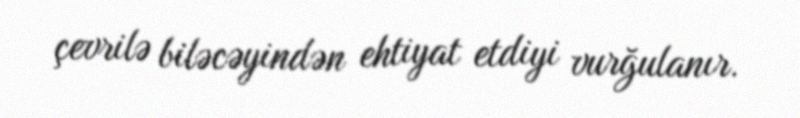
çevrilə biləcəyindən ehtiyat etdiyi vurğulanır.